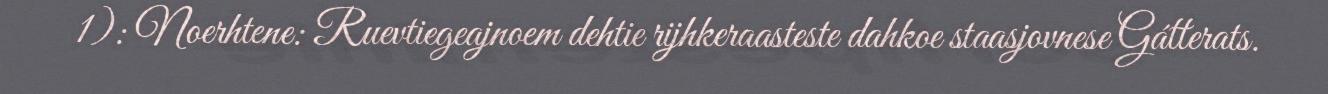
1): Noerhtene: Ruevtiegeajnoem dehtie rijhkeraasteste dahkoe staasjovnese Gátterats.